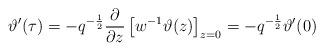
LaTeX: \begin{align*}\vartheta' (\tau ) =-q^{-\frac{1}{2}} \frac{\partial}{\partial z} \left[ w^{-1} \vartheta (z) \right]_{z=0} = -q^{-\frac{1}{2}} \vartheta' (0)\end{align*}